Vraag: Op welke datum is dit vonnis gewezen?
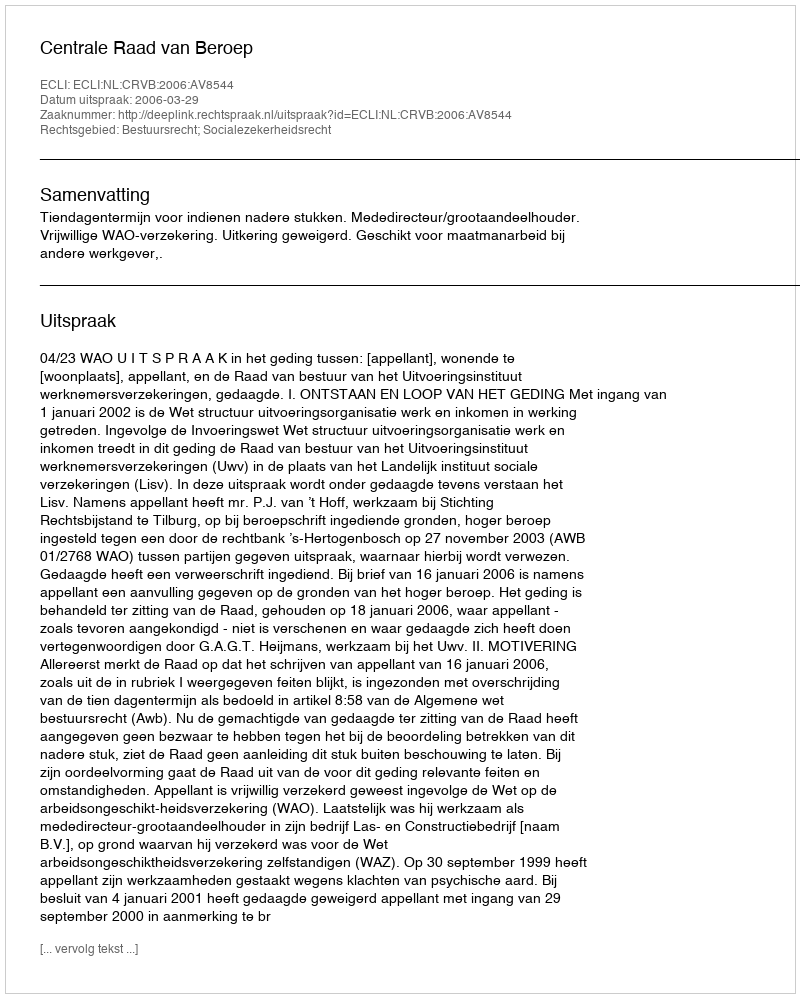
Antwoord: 2006-03-29